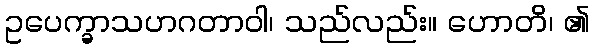
ဥပေက္ခာသဟဂတာဝါ၊ သည်လည်း။ ဟောတိ၊ ၏